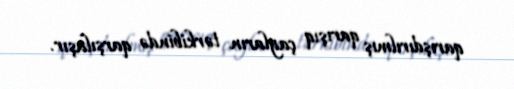
qarışdırılmış qarışıq çayların tərkibində qarşılaşır.